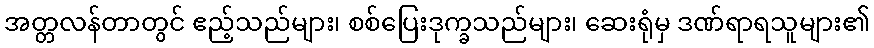
အတ္တလန်တာတွင် ဧည့်သည်များ၊ စစ်ပြေးဒုက္ခသည်များ၊ ဆေးရုံမှ ဒဏ်ရာရသူများ၏